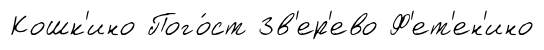
Кошк'ино Пого́ст Зв'ер'ево Ф'ет'ен'ино